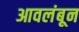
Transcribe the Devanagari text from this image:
आवलंबून